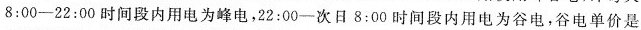
8:00-22:00时间段内用电为峰电，22:00-次日8:00时间段内用电为谷电，谷电单价是